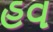
હવ